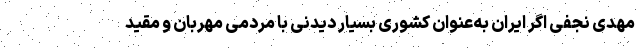
مهدی نجفی اگر ایران به‌عنوان کشوری بسیار دیدنی با مردمی مهربان و مقید